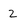
Character: 2